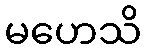
မဟေသိ